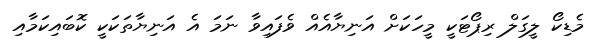
މެޑިކޯ ލީގަލް ރިޕޯޓަކީ މީހަކަށް އަނިޔާއެއް ވެފައިވާ ނަމަ އެ އަނިޔާތަކަކީ ކޮބައިކަމާއި